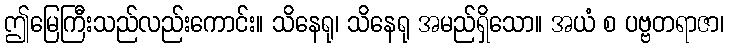
ဤမြေကြီးသည်လည်းကောင်း။ သိနေရု၊ သိနေရု အမည်ရှိသော။ အယံ စ ပဗ္ဗတရာဇာ၊